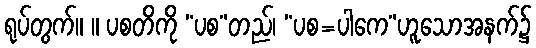
ရုပ်တွက်။ ။ ပစတိကို “ပစ”တည်၊ “ပစ=ပါကေ”ဟူသောအနက်၌